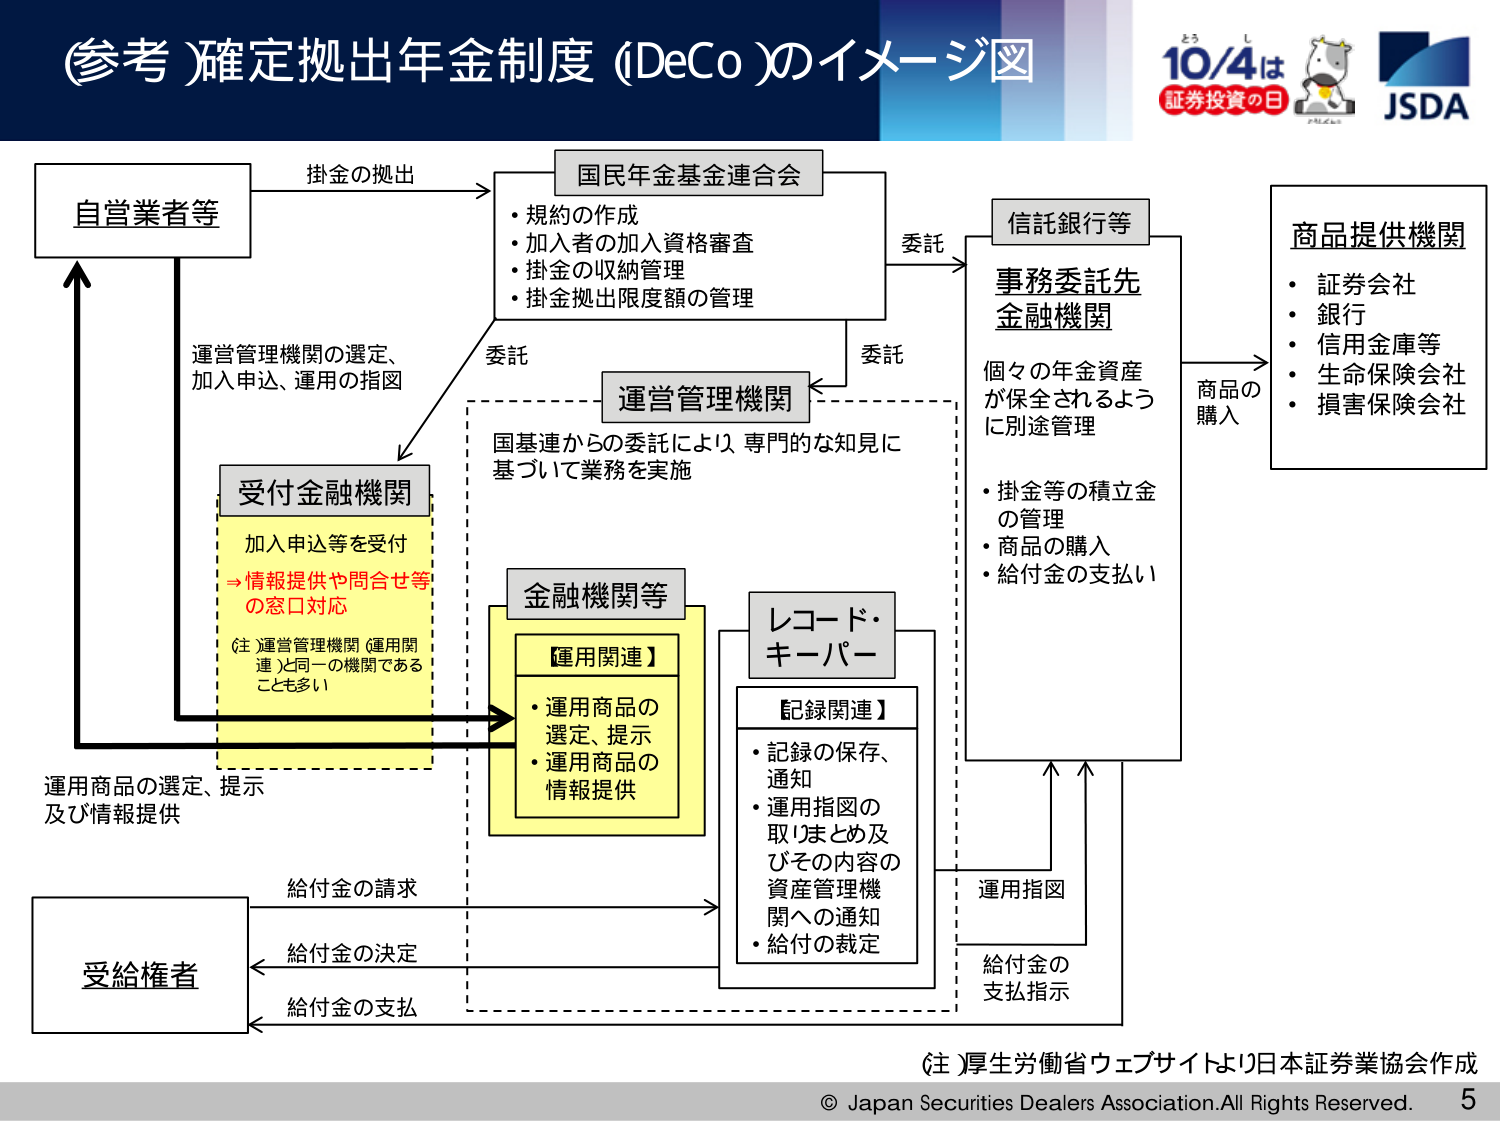
(参考) 確定拠出年金制度 (iDeCo) のイメージ図

自営業者等
→ 挂金の拠出

国民年金基金連合会
・規約の作成
・加入者の加入資格審査
・掛金の収納管理
・掛金拠出限度額の管理

委託
→ 信託銀行等
→ 事務委託先金融機関
　個々の年金資産が保全されるように別途管理
　・掛金等の積立金の管理
　・商品の購入
　・給付金の支払い

委託
→ 運営管理機関
　国基連からの委託により、専門的な知見に基づいて業務を実施

受付金融機関
　加入申込等を受付
　→ 情報提供や問合せ等の窓口対応
　(注) 運営管理機関（運用関連）と同一の機関であることも多い

金融機関等
　【運用関連】
　・運用商品の選定、提示
　・運用商品の情報提供

レコード・キーパー
　【記録関連】
　・記録の保存、通知
　・運用指図の取りまとめ及びその内容の資産管理機関への通知
　・給付の裁定

商品提供機関
　・証券会社
　・銀行
　・信用金庫等
　・生命保険会社
　・損害保険会社

→ 商品の購入

運営管理機関の選定、加入申込、運用の指図

運用商品の選定、提示及び情報提供

受給権者
　→ 給付金の請求
　← 給付金の決定
　← 給付金の支払

運用指図
→ 給付金の支払指示

(注) 厚生労働省ウェブサイトより日本証券業協会作成

© Japan Securities Dealers Association. All Rights Reserved.

5

10/4は
証券投資の日
JSDA